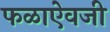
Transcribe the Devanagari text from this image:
फळाऐवजी